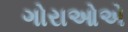
ગોરાઓએ